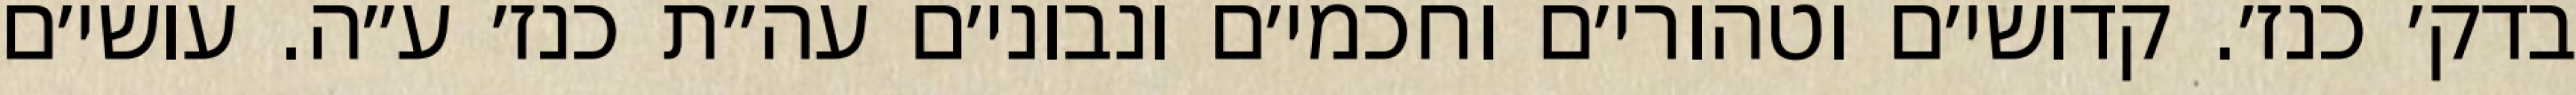
בדק׳ כנז׳. קדושי׳ם וטהורי׳ם וחכמי׳ם ונבוני׳ם עה״ת כנז׳ ע״ה. עושי׳ם